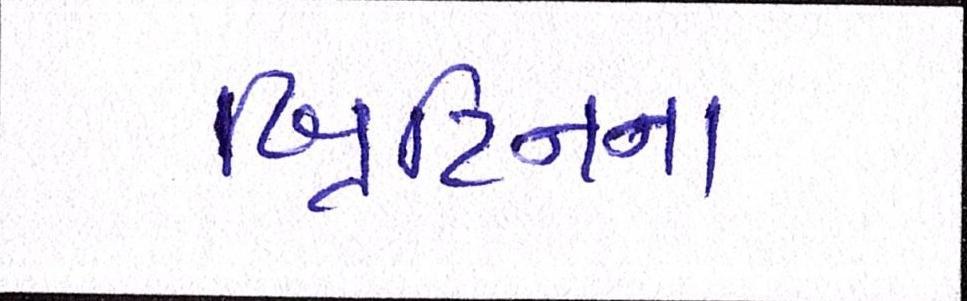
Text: બ્રિટિનના